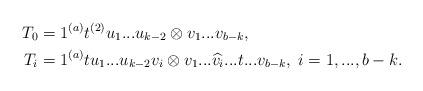
LaTeX: \begin{align*}&&T_0&=1^{(a)}t^{(2)}u_1...u_{k-2}\otimes v_1...v_{b-k}, \\&&T_i&=1^{(a)}tu_1...u_{k-2}v_i\otimes v_1...\widehat{v_i}...t...v_{b-k}, \; i=1,...,b-k.\end{align*}